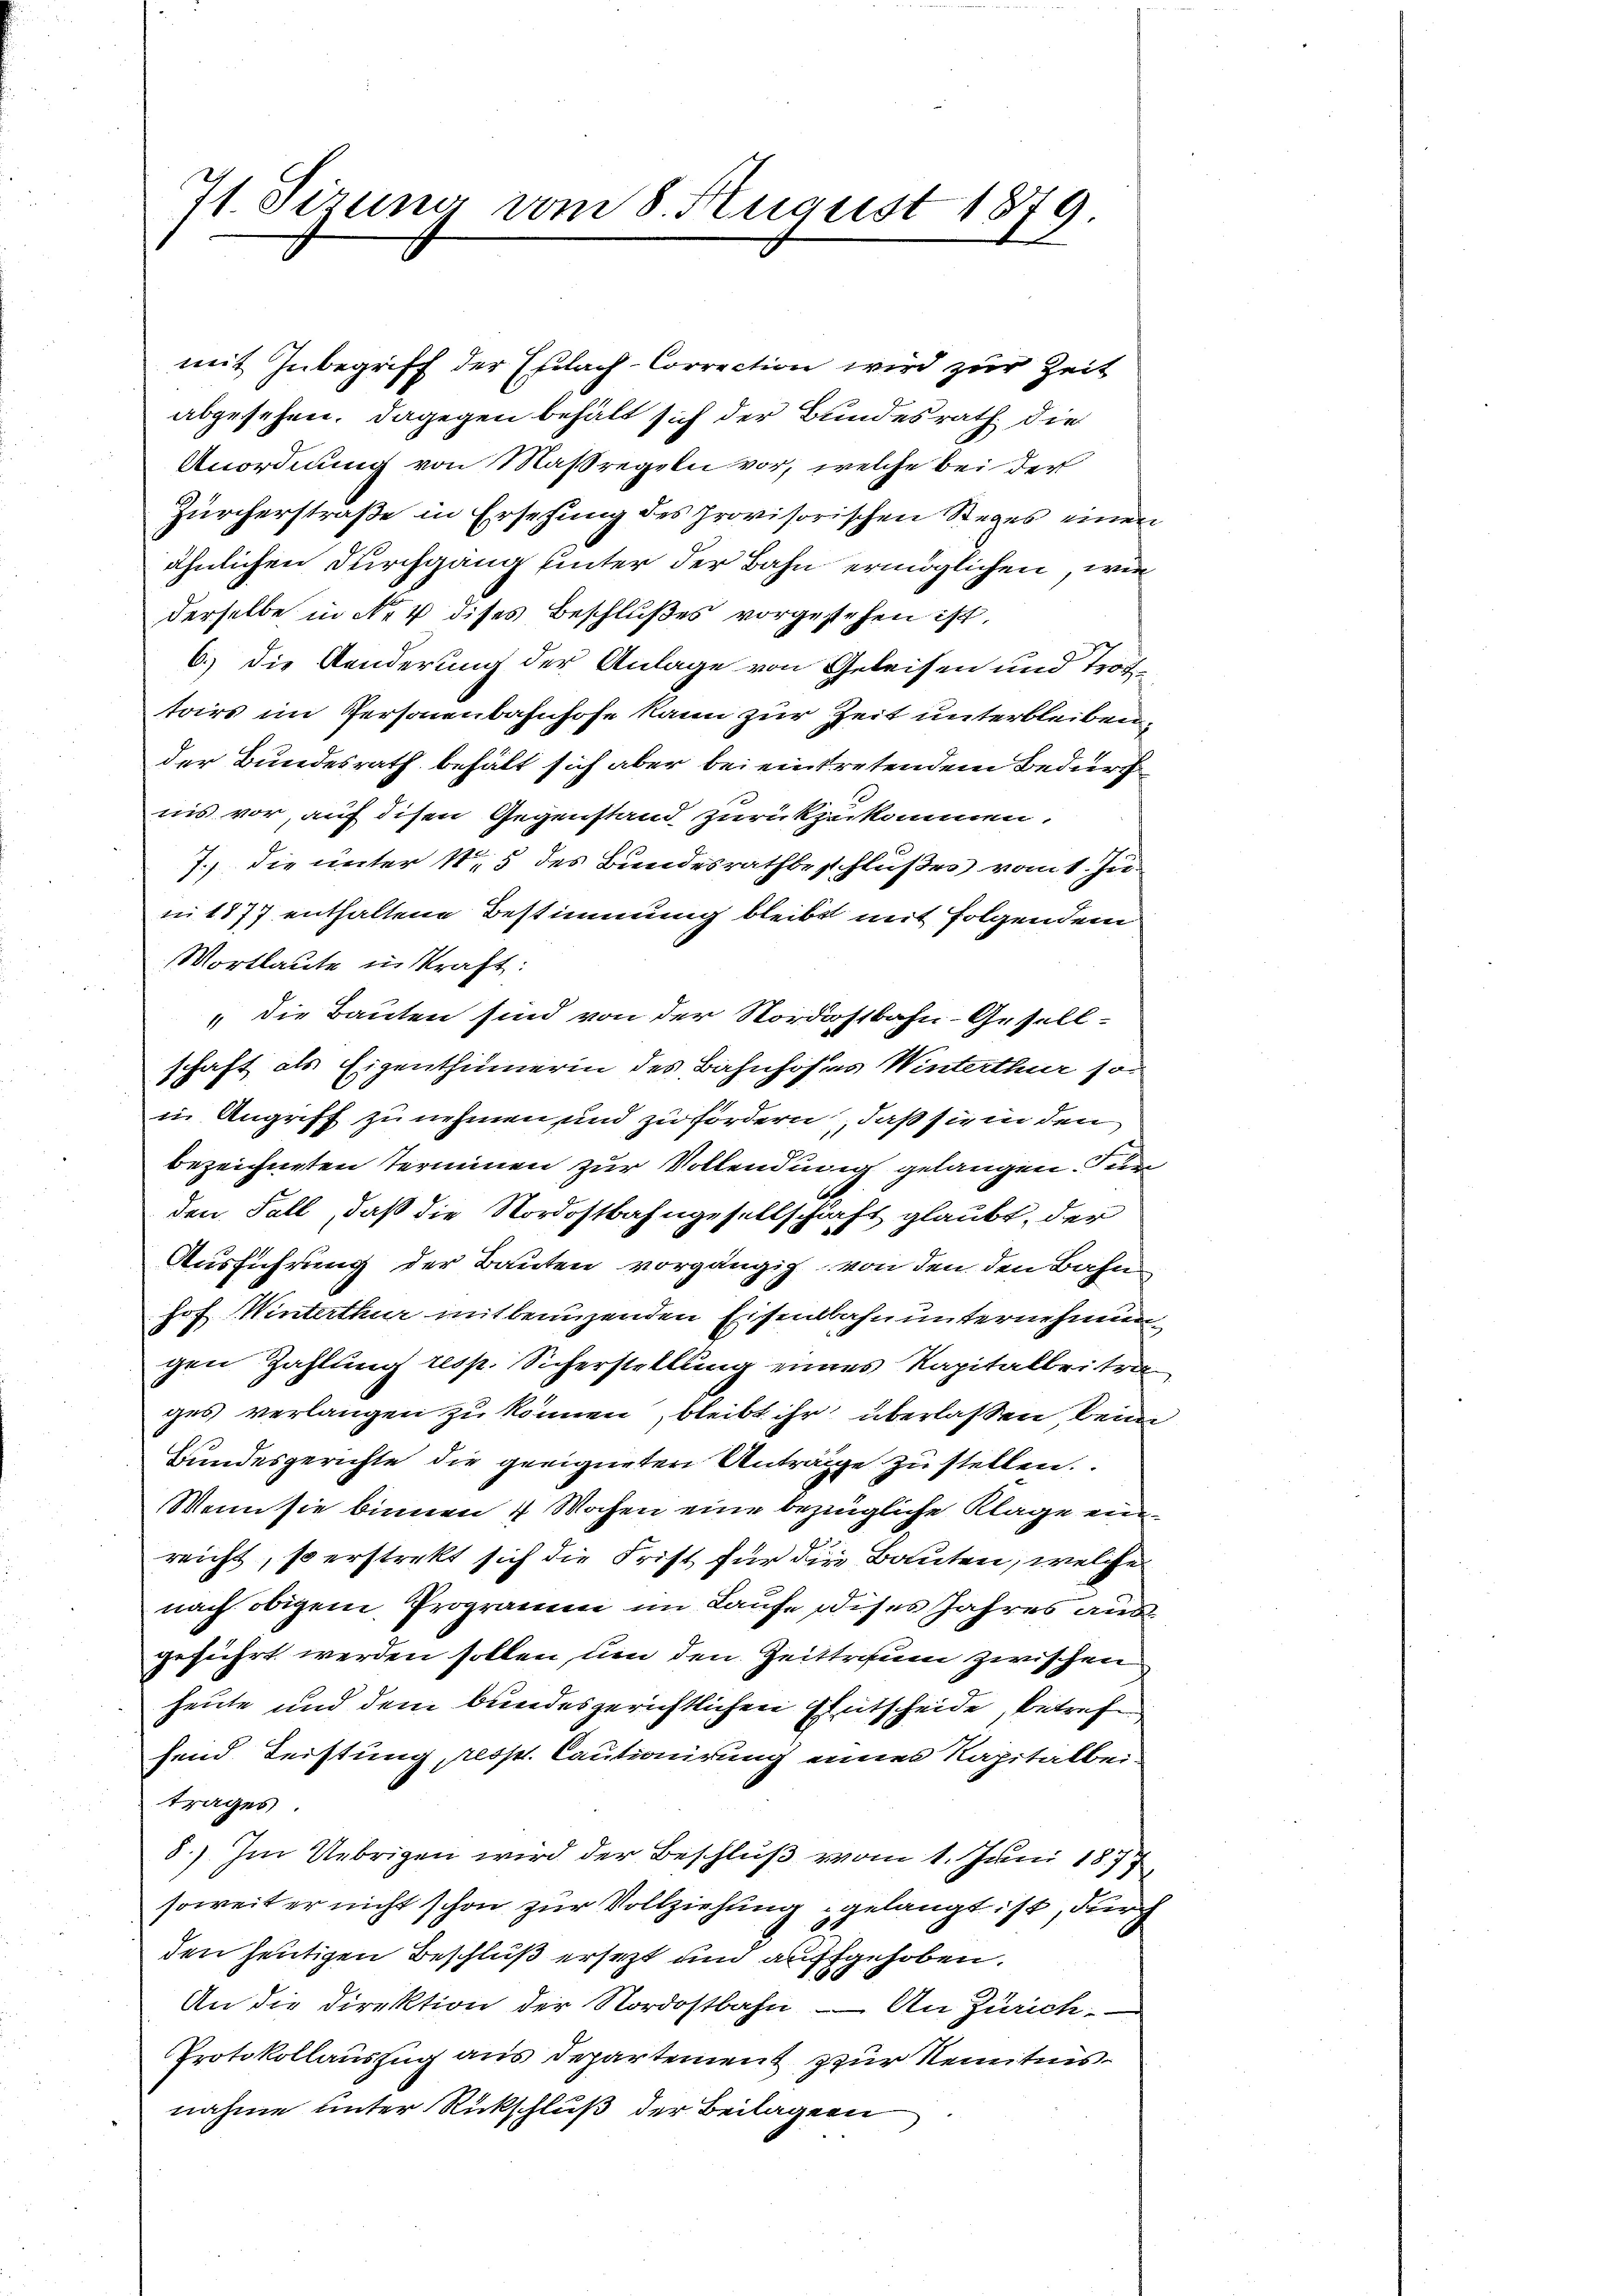
71. Sirung vom 8. August 1879.

mit Inbegriff der Erlach-Correction wird zur Zeit
abgesehen. Dagegen behält sich der Bundesrath die
Anordnung von Maßregeln vor, welche bei der
Zürcherstraβe in Ersehung des provisorischen Steges einen
ähnlichen Durchgang unter der Bahn ermöglichen, wie
derselbe in No 4 dises Beschlußes vorgestehen ist,
6.) Die Aenderung der Anlage von Geleisen und Trottoirs im Personenbahnhofe kann zur Zeit unterbleiben,
der Bundesrath behält sich aber bei eintretendem Bedurf
iis vor, auf disen Gegenstand zurückzukommen.
7.) Die unter 15 des Bundesrathbeschlußes vom 1. Juni 1877 enthaltene Bestimmung bleibt mit folgendem
Wortlaute in Kraft:
 die Bauten sind von der Nordostbahn-Gesellschaft als Eigenthümerin des Bahnhofes Winterthur so
in Angriff zu nehmen, und zufordern, daß sie in den
bezeichneten Terminen zur Vollendung gelangen. Zum
den Fall, daß die Nordostbahngesellschaft glaubt, der
Ausführung der Bauten vorgängig von den den Bahn
hof Winterthur mitbenuzenden Eisenbahnunternehmen
gen Zahlung resp. Sicherstellung eines Kapitalbritrages verlangen zu können, bleibt ihr überlassen kein
Bundesgerichte die geeigneten Anträge zu stellen.
Wenn sie binnen 4 Wochen eine bezügliche Klage einreicht, so erstrekt sich die Frist für die Bauten, welche
nach obigem Programm im Laufe dises Jahres ausgeführt werden sollen, um den Zeittraum zwischen
heute und dem bundesgerichtlichen Entscheide betrefe
hend Leistung resp. Cautionirung einen Kapitalbeitrages.
8.) Im Uebrigen wird der Beschluß vom 1. Juni 1877
soweit er nicht schon zur Vollziehung gelangt ist, durch
den heutigen Beschluß ersetzt und auffgehoben.
An die Direktion der Nordostbahn. — An Zürich
Protokollauszug aus Departement zur Kenntnisnahme unter Rückschluß der Beilagen